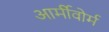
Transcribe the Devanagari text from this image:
आर्मीवोर्म